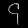
Digit: ၄